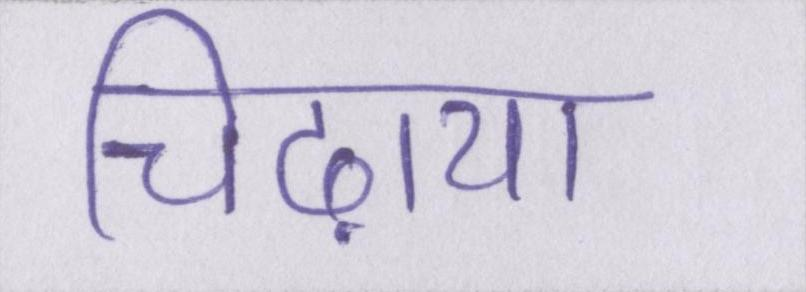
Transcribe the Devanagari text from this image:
चिढ़ाया